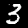
Label: 3